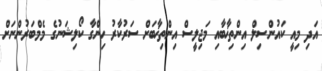
އަދި މިއީ ކައުންސިލް އިންތިޚާބާއި މަޖިލީސް އިންތިޚާބަށް ސަރުކާރު ހިންގާ ކޯލިޝަނުގެ މެމްބަރުންނަށް